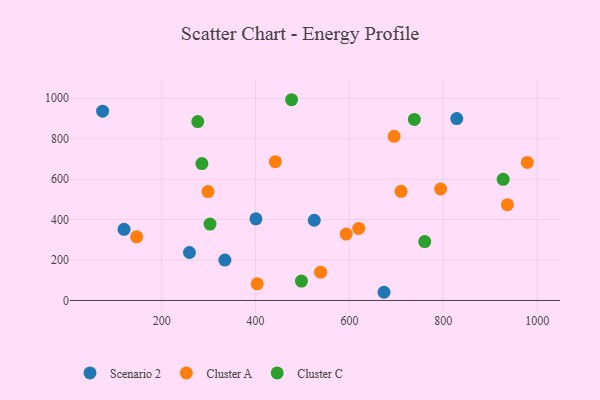
{"axis": {"x": "Experience", "y": "Rating"}, "legend": ["Cluster A", "Cluster C", "Scenario 2"], "data": [{"x": "119.9", "y": 351.9, "type": "Scenario 2"}, {"x": "400.8", "y": 403.6, "type": "Scenario 2"}, {"x": "334.7", "y": 199.6, "type": "Scenario 2"}, {"x": "259.2", "y": 237.3, "type": "Scenario 2"}, {"x": "828.7", "y": 899.7, "type": "Scenario 2"}, {"x": "673.8", "y": 40.5, "type": "Scenario 2"}, {"x": "525.1", "y": 396.7, "type": "Scenario 2"}, {"x": "74.2", "y": 935.9, "type": "Scenario 2"}, {"x": "146.7", "y": 314.7, "type": "Cluster A"}, {"x": "298.7", "y": 538.5, "type": "Cluster A"}, {"x": "538.6", "y": 140.1, "type": "Cluster A"}, {"x": "695.2", "y": 811.6, "type": "Cluster A"}, {"x": "794.4", "y": 551.1, "type": "Cluster A"}, {"x": "619.8", "y": 356.1, "type": "Cluster A"}, {"x": "442.2", "y": 686.5, "type": "Cluster A"}, {"x": "710.0", "y": 539.9, "type": "Cluster A"}, {"x": "403.6", "y": 82.2, "type": "Cluster A"}, {"x": "593.2", "y": 328.1, "type": "Cluster A"}, {"x": "936.7", "y": 473.5, "type": "Cluster A"}, {"x": "979.2", "y": 682.4, "type": "Cluster A"}, {"x": "285.7", "y": 676.9, "type": "Cluster C"}, {"x": "738.4", "y": 895.2, "type": "Cluster C"}, {"x": "497.8", "y": 95.9, "type": "Cluster C"}, {"x": "760.5", "y": 291.2, "type": "Cluster C"}, {"x": "303.0", "y": 377.7, "type": "Cluster C"}, {"x": "276.9", "y": 884.5, "type": "Cluster C"}, {"x": "476.8", "y": 992.7, "type": "Cluster C"}, {"x": "927.6", "y": 599.1, "type": "Cluster C"}]}